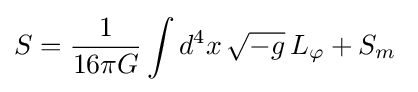
S={1 \over 16\pi G}\int d^{4}x\,{\sqrt {-g}}\,L_{\varphi }+S_{m}\;